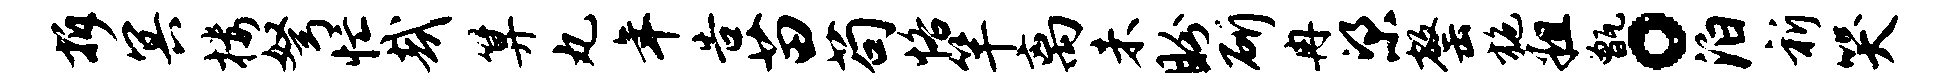
拆冥楼弩忙哉算丸年告苗苟恪竿离未盼斫冉梁罄施粗甑。泊祈哭